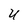
Character: U